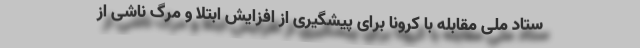
ستاد ملی مقابله با کرونا برای پیشگیری از افزایش ابتلا و مرگ ناشی از